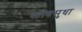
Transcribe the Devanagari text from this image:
स्तोत्रसुधा